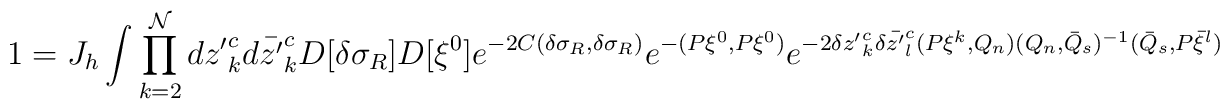
1=J_h \int \prod_{k=2}^{\cal N} d{z'}^c_k d\bar {z'}^c_kD[\delta \sigma_R]D[\xi^0] e^{-2C(\delta \sigma_R, \delta \sigma_R)} e^{-(P\xi^0, P\xi^0)}e^{-2\delta {z'}^c_k \delta \bar {z'}^c_l(P\xi^{k}, Q_n)(Q_n,\bar Q_s)^{-1}(\bar Q_s, P\bar \xi^{l})}